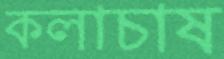
কলাচাষ